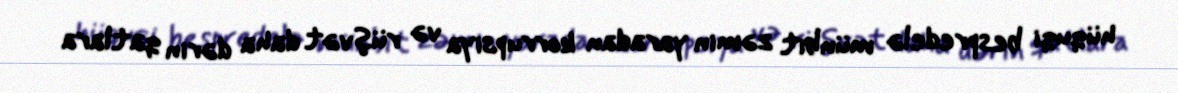
hüquqi bespredelə münbit zəmin yaradan korrupsiya və rüşvət daha dərin qatlara